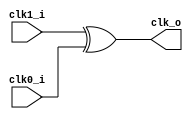
module jlsemi_util_clkxor
(
    input         clk0_i,
    input         clk1_i,
    output        clk_o
);

    `ifdef JL_SYNTHESIS
        jlsemi_cell_clk_xor_cell
        u_dont_touch_clk_xor
        (
        .A1 (clk0_i),
        .A2 (clk1_i),
        .Z  (clk_o )
        );
    `else
        assign clk_o = clk1_i ^ clk0_i;
    `endif

endmodule